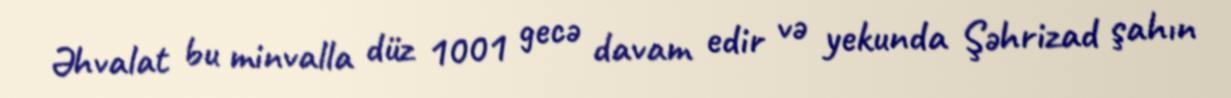
Əhvalat bu minvalla düz 1001 gecə davam edir və yekunda Şəhrizad şahın